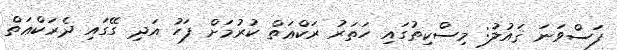
ފަސްވަނަ ޤައުލު: މިސްކިތުގައި ހަތަރު ރަކްޢަތް ކުރުމަށް ފަހު އަދި ގޭގައި ދެރަކްޢަތް